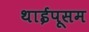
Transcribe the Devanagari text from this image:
थाईपूसम